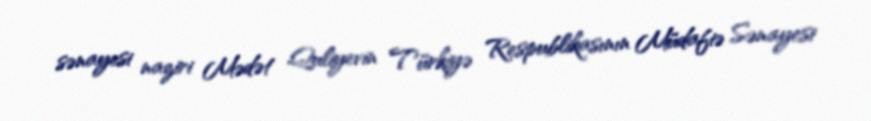
sənayesi naziri Mədət Quliyevin Türkiyə Respublikasının Müdafiə Sənayesi